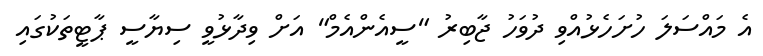
އެ މައްސަލަ ހުށަހެޅުއްވި ދުވަހު ޖާބިރު "ސީއެންއެމް" އަށް ވިދާޅުވީ ސިޔާސީ ޕާޓީތަކުގައި